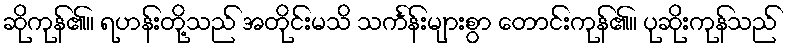
ဆိုကုန်၏။ ရဟန်းတို့သည် အတိုင်းမသိ သင်္ကန်းများစွာ တောင်းကုန်၏။ ပုဆိုးကုန်သည်